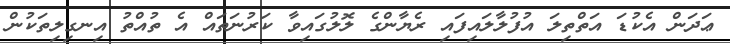
ޢަދަން އެކުޑަ އަތްތިލަ އުފުލާލައިފައި ރެޔާންގެ ލޮލުގައިވާ ކަރުނަތައް އެ ތުއްތު އިނގިލިތަކުން